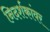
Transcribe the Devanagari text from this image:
निदर्शकांवर